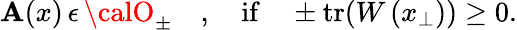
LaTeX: \mathbf{A}(x)\, \epsilon\, {\calO}_{\pm}\quad,\quad\mathrm{{if}}\quad\pm\mathrm{{tr}}(W\left(x_{\perp}\right))\ge0.